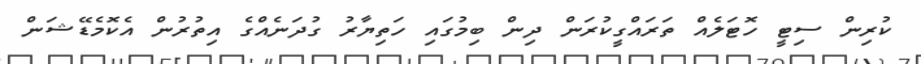
ކުރިން ސިޓީ ހޮޓަލެއް ތަރައްގީކުރަން ދިން ބިމުގައި ހަތިޔާރު ގުދަނެއްގެ އިތުރުން އެކޮމެޑޭޝަން